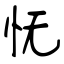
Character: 怃